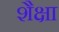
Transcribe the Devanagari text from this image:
शैक्षा